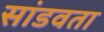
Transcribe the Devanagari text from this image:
सांडवता